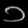
Digit: ၁